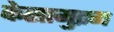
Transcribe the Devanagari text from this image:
केसामुद्रम